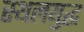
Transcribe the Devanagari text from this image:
स्थलयुद्ध